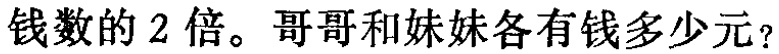
钱数的2倍。哥哥和妹妹各有钱多少元？